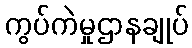
ကွပ်ကဲမှုဌာနချုပ်